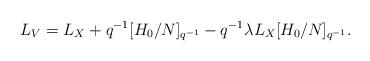
LaTeX: \begin{align*}L_{V}=L_{X}+q^{-1}[H_{0}/N]_{q^{-1}}-q^{-1}\lambda L_{X}[H_{0}/N]_{q^{-1}}.\end{align*}